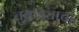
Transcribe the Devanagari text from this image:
तुकड्याचा